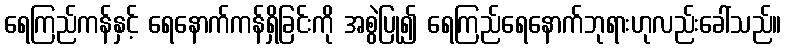
ရေကြည်ကန်နှင့် ရေနောက်ကန်ရှိခြင်းကို အစွဲပြု၍ ရေကြည်ရေနောက်ဘုရားဟုလည်းခေါ်သည်။